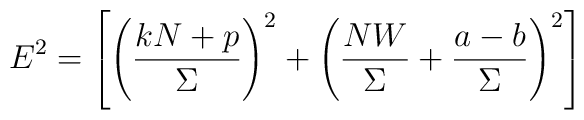
E^2 = \left[\left(\frac{kN + p}{\Sigma}\right)^2 + \left(\frac{NW}{\Sigma}+ \frac{a - b}{\Sigma}\right)^2\right]